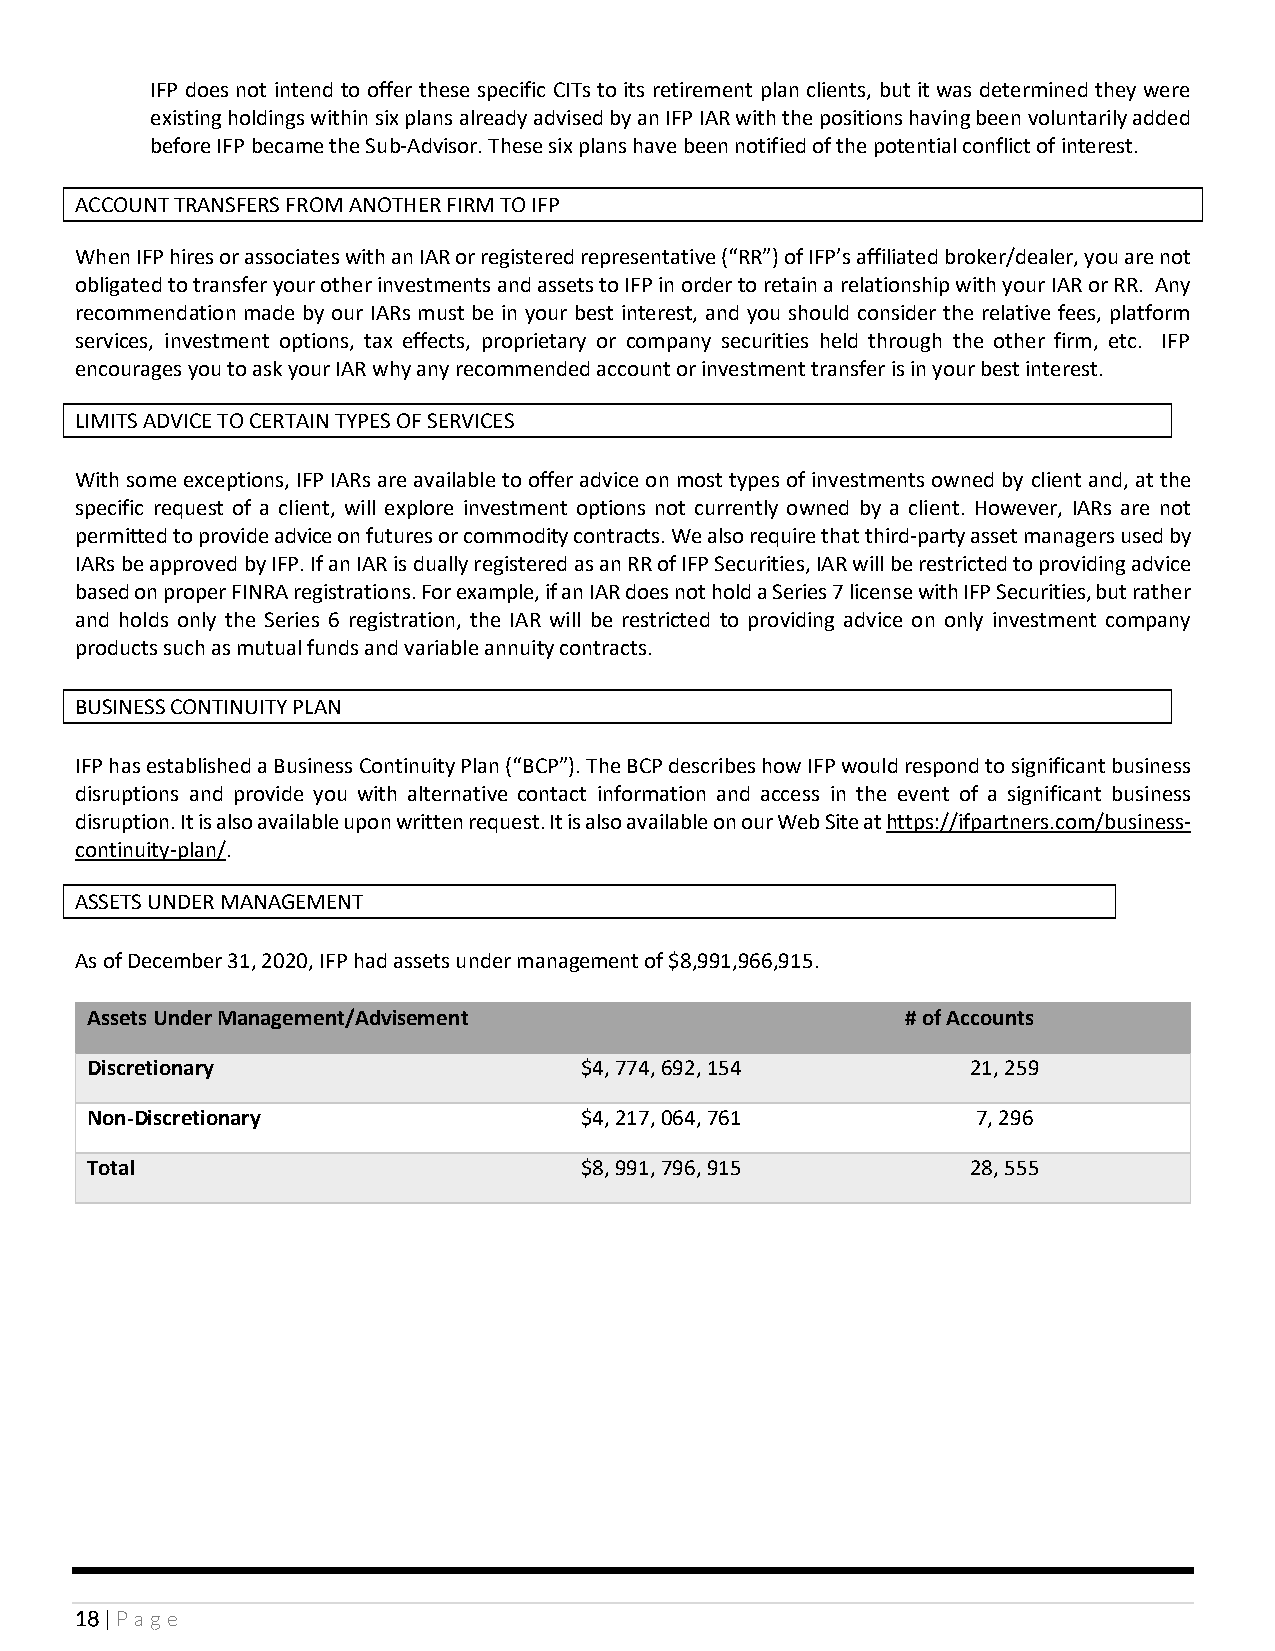
IFP does not intend to offer these specific CITs to its retirement plan clients, but it was determined they were
 existing holdings within six plans already advised by an IFP IAR with the positions having been voluntarily added
 before IFP became the Sub-Advisor. These six plans have been notified of the potential conflict of interest.
 ACCOUNT TRANSFERS FROM ANOTHER FIRM TO IFP
 When IFP hires or associates with an IAR or registered representative (“RR”) of IFP’s affiliated broker/dealer, you are not
 obligated to transfer your other investments and assets to IFP in order to retain a relationship with your IAR or RR. Any
 recommendation made by our IARs must be in your best interest, and you should consider the relative fees, platform
 services, investment options, tax effects, proprietary or company securities held through the other firm, etc. IFP
 encourages you to ask your IAR why any recommended account or investment transfer is in your best interest.
 LIMITS ADVICE TO CERTAIN TYPES OF SERVICES
 With some exceptions, IFP IARs are available to offer advice on most types of investments owned by client and, at the
 specific request of a client, will explore investment options not currently owned by a client. However, IARs are not
 permitted to provide advice on futures or commodity contracts. We also require that third-party asset managers used by
 IARs be approved by IFP. If an IAR is dually registered as an RR of IFP Securities, IAR will be restricted to providing advice
 based on proper FINRA registrations. For example, if an IAR does not hold a Series 7 license with IFP Securities, but rather
 and holds only the Series 6 registration, the IAR will be restricted to providing advice on only investment company
 products such as mutual funds and variable annuity contracts.
 BUSINESS CONTINUITY PLAN
 IFP has established a Business Continuity Plan (“BCP”). The BCP describes how IFP would respond to significant business
 disruptions and provide you with alternative contact information and access in the event of a significant business
 disruption. It is also available upon written request. It is also available on our Web Site at https://ifpartners.com/business-
 continuity-plan/.
 ASSETS UNDER MANAGEMENT
 As of December 31, 2020, IFP had assets under management of $8,991,966,915.
 Assets Under Management/Advisement                    # of Accounts
 Discretionary                   $4, 774, 692, 154         21, 259
 Non-Discretionary               $4, 217, 064, 761          7, 296
 Total                           $8, 991, 796, 915         28, 555
 18 | Page